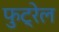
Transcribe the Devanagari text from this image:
फुट्रेल